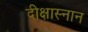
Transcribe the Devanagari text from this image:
दीक्षास्नान